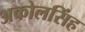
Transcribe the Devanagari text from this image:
अकोलसिंह